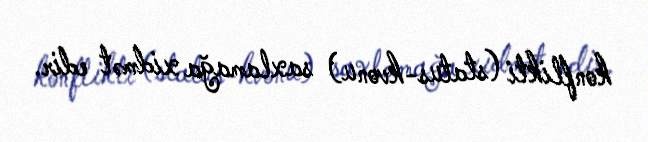
konflikti (status-kvonu) saxlamağa xidmət edir.